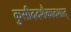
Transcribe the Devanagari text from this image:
कुसीददशैकादशात्